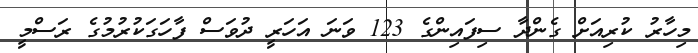
މިހާރު ކުރިއަށް ގެންދާ ސިފައިންގެ 123 ވަނަ އަހަރީ ދުވަސް ފާހަގަކުރުމުގެ ރަސްމީ